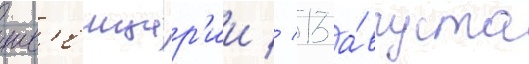
шв'еицар'ии // 13 а́вгуста